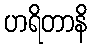
ဟရိတာနိ